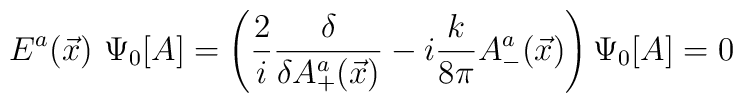
E^a(\vec x)~\Psi_0[A]=\left(\frac{2}{i}\frac{\delta}{\delta A_+^a(\vec x)} -i\frac{k}{8\pi}A_-^a(\vec x)\right)\Psi_0[A]=0